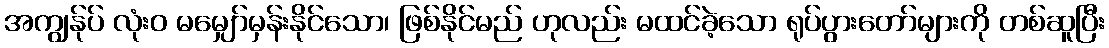
အကျွန်ုပ် လုံးဝ မမျှော်မှန်းနိုင်သော၊ ဖြစ်နိုင်မည် ဟုလည်း မထင်ခဲ့သော ရုပ်ပွားတော်များကို တစ်ဆူပြီး